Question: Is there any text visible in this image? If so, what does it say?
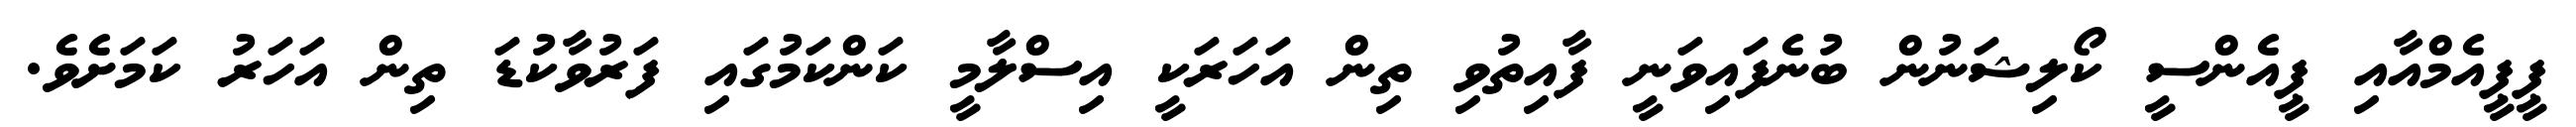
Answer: ޕީޕީއެމްއާއި ޕީއެންސީ ކޯލިޝަނުން ބުނެފައިވަނީ ފާއިތުވި ތިން އަހަރަކީ އިސްލާމީ ކަންކަމުގައި ފަރުވާކުޑަ ތިން އަހަރު ކަމަށެވެ.